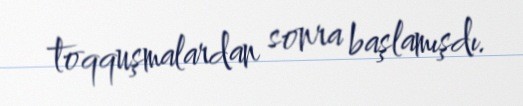
toqquşmalardan sonra başlamışdı.